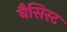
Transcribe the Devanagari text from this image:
बैसिस्ट